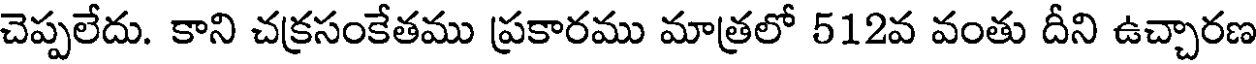
చెప్పలేదు. కాని చక్రసంకేతము ప్రకారము మాత్రలో 512వ వంతు దీని ఉచ్చారణ